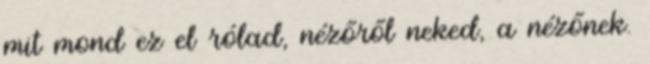
mit mond ez el rólad, nézőről neked, a nézőnek.